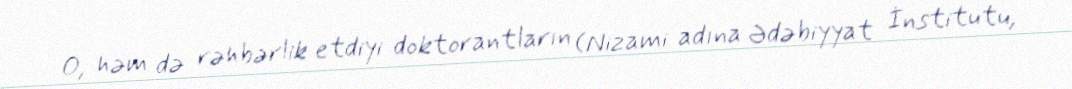
O, həm də rəhbərlik etdiyi doktorantların (Nizami adına Ədəbiyyat İnstitutu,